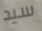
سيد